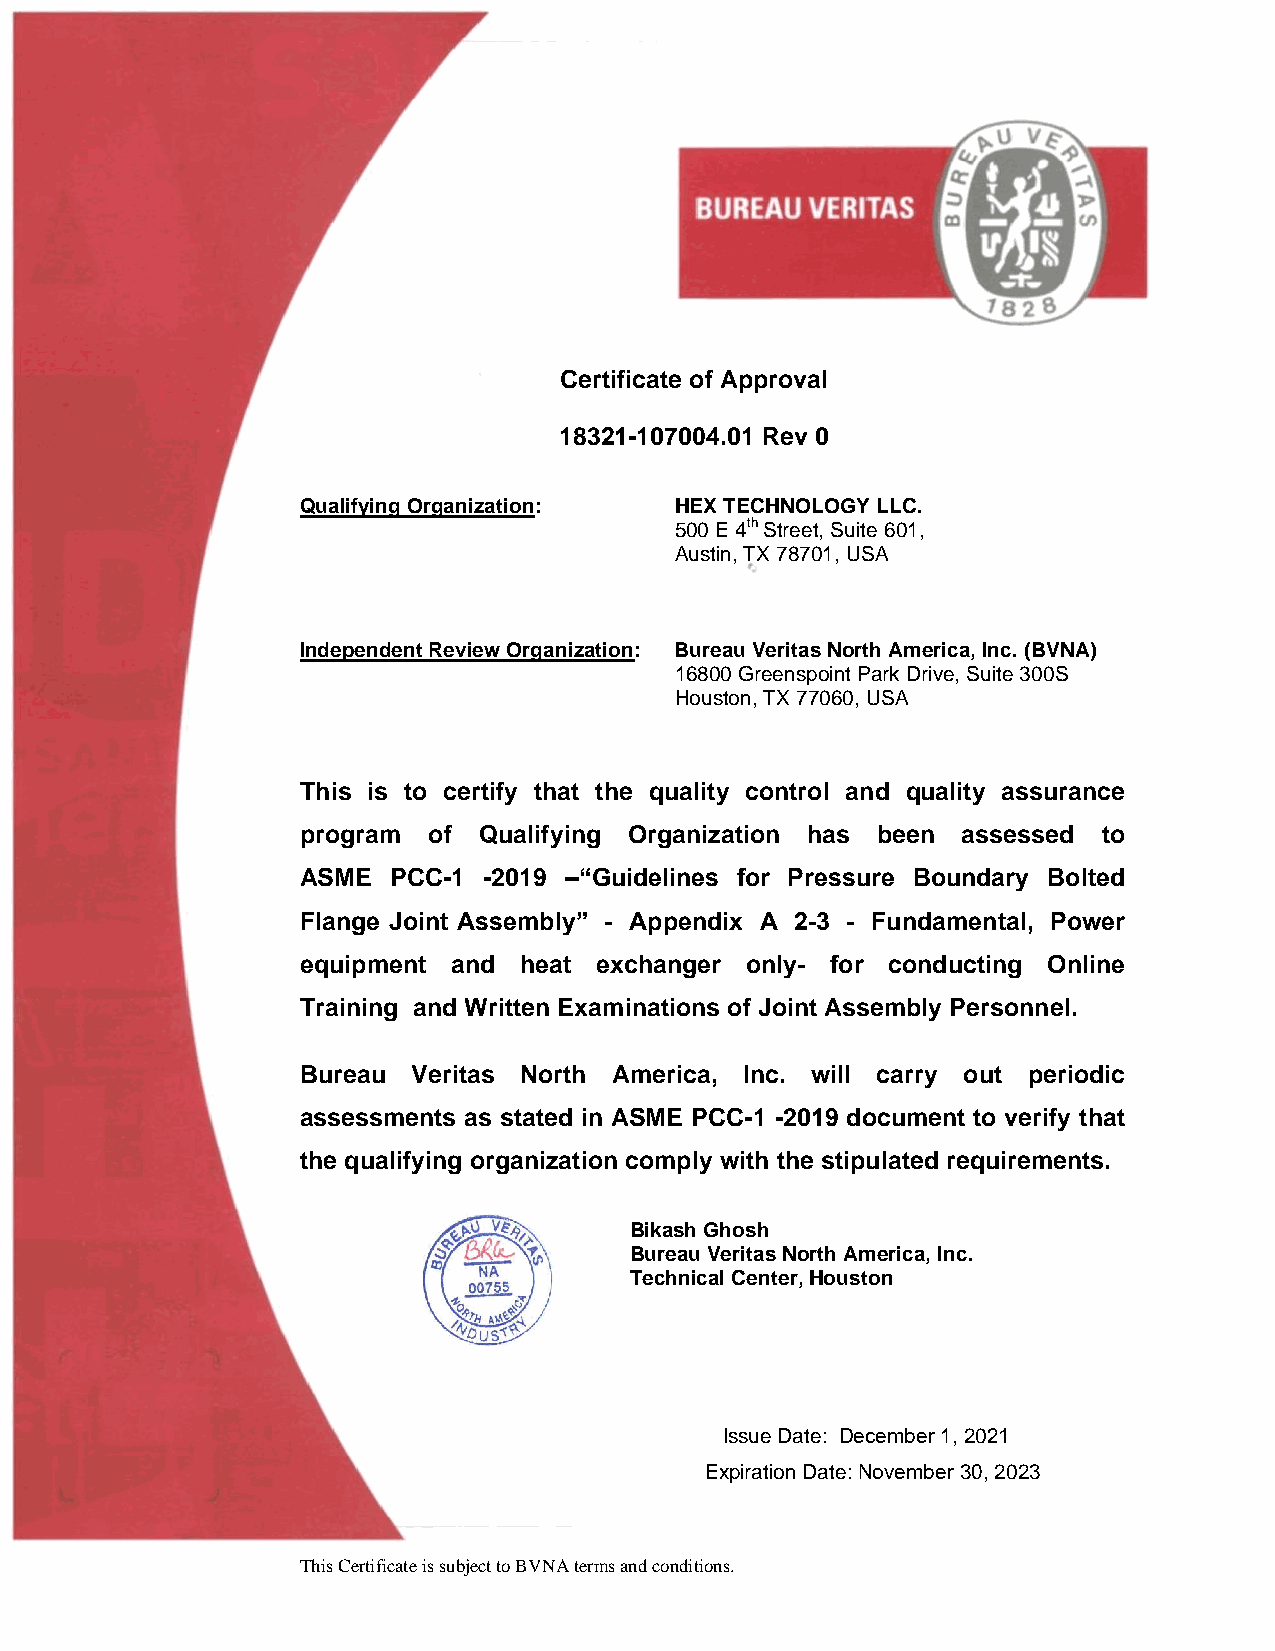
Certificate of Approval
 18321-107004.01 Rev 0
 Qualifying Organization: HEX TECHNOLOGY LLC.
 500 E 4th Street, Suite 601,
 Austin, TX 78701, USA
 Independent Review Organization: Bureau Veritas North America, Inc. (BVNA)
 16800 Greenspoint Park Drive, Suite 300S
 Houston, TX 77060, USA
 This is to certify that the quality control and quality assurance
 program of  Qualifying Organization has been assessed to
 ASME  PCC-1 -2019 –“Guidelines for Pressure Boundary Bolted
 Flange Joint Assembly” - Appendix A 2-3 - Fundamental, Power
 equipment and heat exchanger only- for conducting Online
 Training and Written Examinations of Joint Assembly Personnel.
 Bureau Veritas North America, Inc. will carry out periodic
 assessments as stated in ASME PCC-1 -2019 document to verify that
 the qualifying organization comply with the stipulated requirements.
 Bikash Ghosh
 Bureau Veritas North America, Inc.
 Technical Center, Houston
 Issue Date: December 1, 2021
 Expiration Date: November 30, 2023
 This certificate is subject to BVNA terms and conditions.
 This Certificate is subject to BVNA terms and conditions.